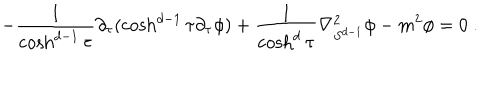
LaTeX: - \frac { 1 } { \cosh ^ { d - 1 } \tau } \partial _ { \tau } ( \cosh ^ { d - 1 } \tau \partial _ { \tau } \phi ) + \frac { 1 } { \cosh ^ { d } \tau } \nabla _ { S ^ { d - 1 } } ^ { 2 } \phi - m ^ { 2 } \phi = 0 \ .